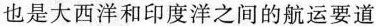
也是大西洋和印度洋之间的航运要道